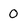
Character: 0